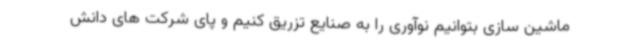
ماشین سازی بتوانیم نوآوری را به صنایع تزریق کنیم و پای شرکت های دانش